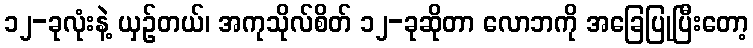
၁၂-ခုလုံးနဲ့ ယှဉ်တယ်၊ အကုသိုလ်စိတ် ၁၂-ခုဆိုတာ လောဘကို အခြေပြုပြီးတော့